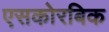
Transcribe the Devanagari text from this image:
एसकोरबिक